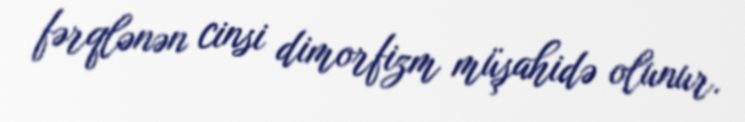
fərqlənən cinsi dimorfizm müşahidə olunur.